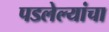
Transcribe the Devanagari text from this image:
पडलेल्यांचा